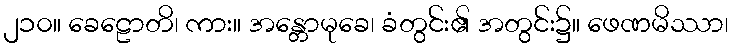
၂၁၀။ ခေဠောတိ၊ ကား။ အန္တောမုခေ၊ ခံတွင်း၏ အတွင်း၌။ ဖေဏမိဿာ၊